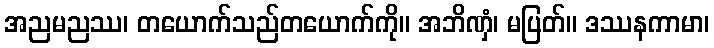
အညမညဿ၊ တယောက်သည်တယောက်ကို။ အဘိဏှံ၊ မပြတ်။ ဒဿနကာမာ၊